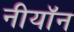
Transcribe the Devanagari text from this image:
नीयॉन